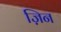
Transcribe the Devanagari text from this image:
ज़िन